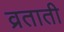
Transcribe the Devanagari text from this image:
व्रताती